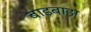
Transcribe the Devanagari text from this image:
बाड़बाड़ा